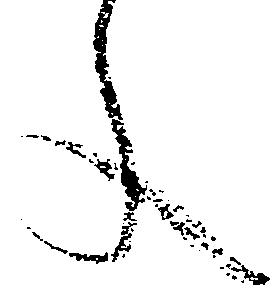
文